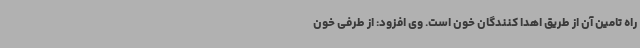
راه تامین آن از طریق اهدا کنندگان خون است. وی افزود: از طرفی خون